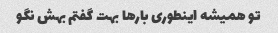
تو همیشه اینطوری بارها بهت گفتم بهش نگو